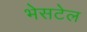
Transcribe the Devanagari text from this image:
भेसटेल